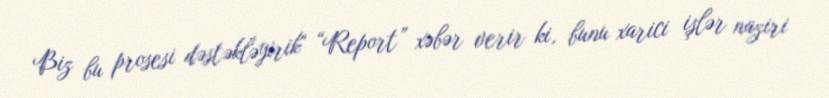
Biz bu prosesi dəstəkləyirik" “Report” xəbər verir ki, bunu xarici işlər naziri